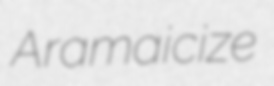
Aramaicize